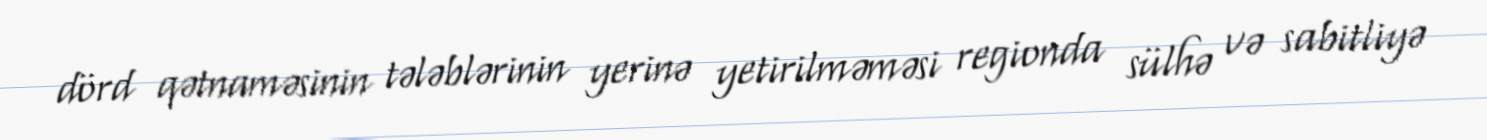
dörd qətnaməsinin tələblərinin yerinə yetirilməməsi regionda sülhə və sabitliyə